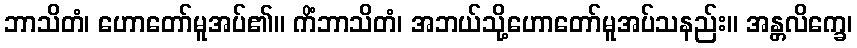
ဘာသိတံ၊ ဟောတော်မူအပ်၏။ ကိံဘာသိတံ၊ အဘယ်သို့ဟောတော်မူအပ်သနည်း။ အန္တလိက္ခေ၊